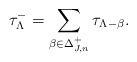
\begin{align*}\tau^-_\Lambda=\sum_{\beta\in \Delta_{J,n}^+}\tau_{\Lambda-\beta}.\end{align*}